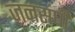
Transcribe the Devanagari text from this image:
जनसंघी